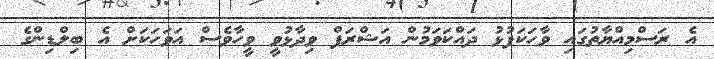
އެ ރަސްމިއްޔާތުގައި ވާހަކަފުޅު ދައްކަވަމުން އަޝްރަފް ވިދާޅުވީ ވީހާވެސް އަވަހަކަށް އެ ބިލްޑިންގެ